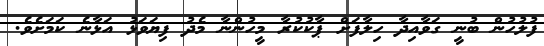
ފުލުހުން ބުނީ ގަވާއިދާ ހިލާފަށް ޕާކުކުރާ މީހުންނާ މެދު ފިޔަވަޅު އަޅާނެ ކަމަށެވެ.